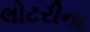
લોટરીના